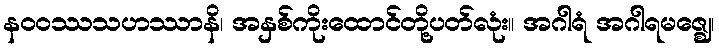
နဝဝဿသဟဿာနိ၊ အနှစ်ကိုးထောင်တို့ပတ်လုံး။ အဂါရံ အဂါရမဇ္ဈေ၊